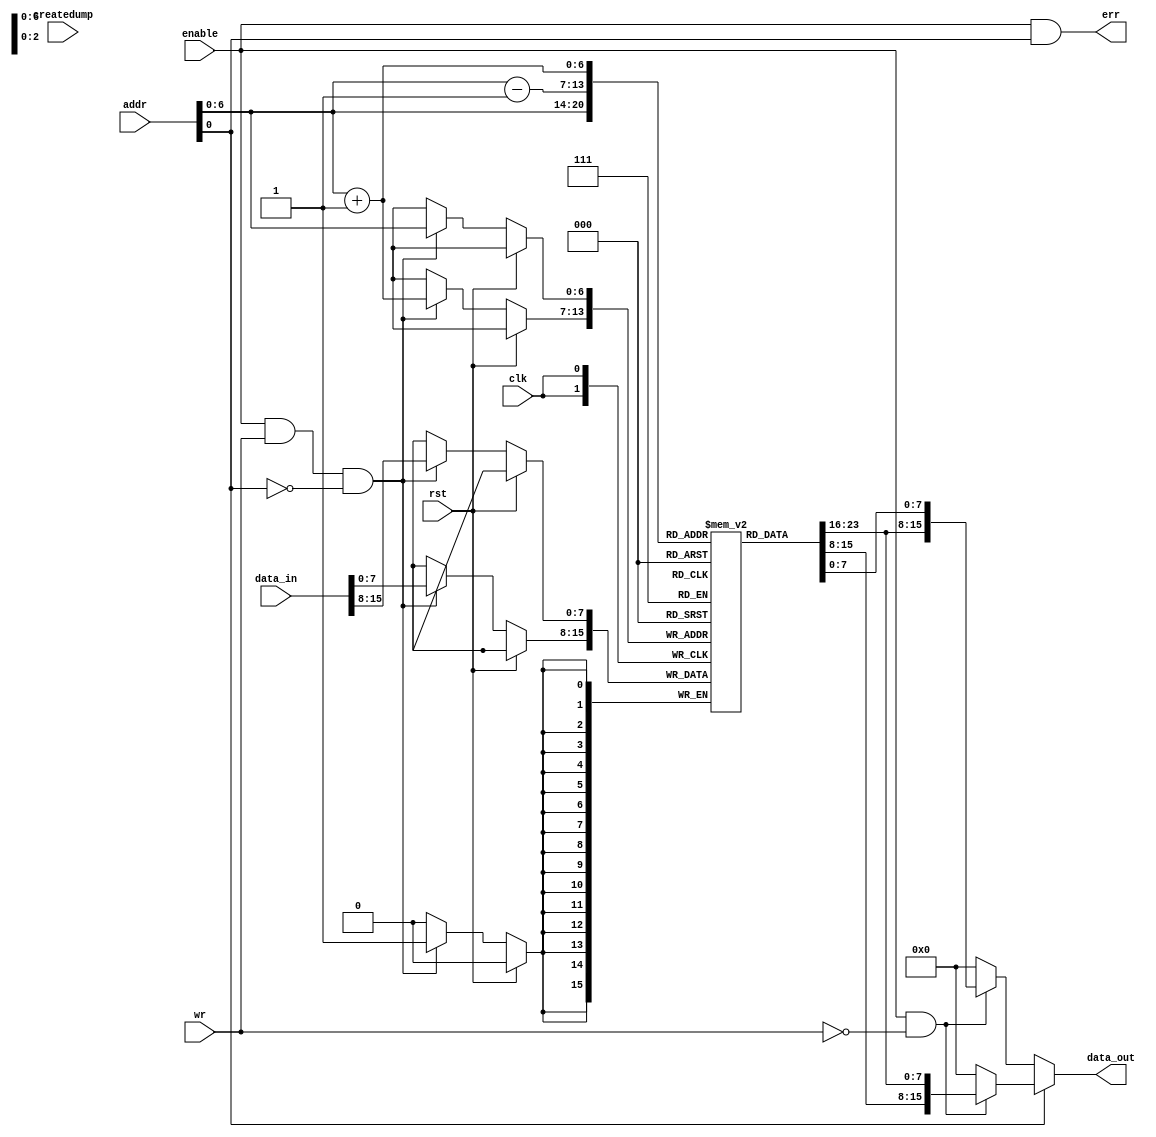
// Synthesizable memory

//////////////////////////////////////
//
// Memory -- single cycle version
//
// written for CS/ECE 552, Spring '07
// Pratap Ramamurthy, 19 Mar 2007
// revised by David Wood, 1 May 2007
//
// This is a byte-addressable,
// 16-bit wide, 64K-byte memory that supports aligned accesses only.
//
// All reads happen combinationally with zero delay.
// All writes occur on rising clock edge.
// Concurrent read and write not allowed.
//
// On reset, memory loads from file "loadfile_all.img".
// (You may change the name of the file in
// the $readmemh statement below.)
// File format:
//     @0
//     <hex data 0>
//     <hex data 1>
//     ...etc
//
// If input "createdump" is true on rising clock,
// contents of memory will be dumped to
// file "dumpfile", from location 0 up through
// the highest location modified by a write.
//
//
//////////////////////////////////////

module memory2c_align (data_out, data_in, addr, enable, wr, createdump, clk, rst, err);

   output  [15:0] data_out;
   input [15:0]   data_in;
   input [15:0]   addr;
   input          enable;
   input          wr;
   input          createdump;
   input          clk;
   input          rst;
   output         err;

   wire [15:0]    data_out;
   
   reg [7:0]      mem [0:127];
   reg            loaded;
   reg [16:0]     largest;

   integer        mcd;
   integer        i;


   assign         err = enable & addr[0]; //word aligned; odd address is invalid

   // unaligned access returns as if aligned
   assign         data_out = addr[0] ? 
			      ((enable & (~wr))? {mem[addr-8'h1],mem[addr]}: 0) :
			      ((enable & (~wr))? {mem[addr],mem[addr+8'h1]}: 0);

   initial begin
      loaded = 0;
      largest = 0;
      /*
       for (i=0; i<=65535; i=i+1) begin
       mem[i] = 8'd0;
       end          
       */
   end

   always @(posedge clk) begin
      if (rst) begin
         /*
          if (!loaded) begin
          $readmemh("loadfile_all.img", mem);
          loaded = 1;
        end
          */
      end
      else begin
         if (enable & wr & ~addr[0]) begin
	        mem[addr] = data_in[15:8];       // The actual write
	        mem[addr+1] = data_in[7:0];    // The actual write
            // if ({1'b0, addr} > largest) largest = addr;  
            // avoid negative numbers
         end
         /*
         if (createdump) begin
            mcd = $fopen("dumpfile", "w");
            for (i=0; i<=largest+1; i=i+1) begin
               $fdisplay(mcd,"%4h %2h", i, mem[i]);
            end
            $fclose(mcd);
         end
          */
      end
   end


endmodule